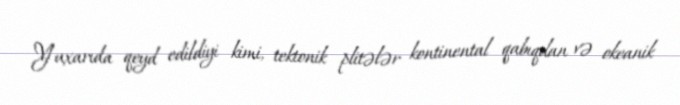
Yuxarıda qeyd edildiyi kimi, tektonik plitələr kontinental qabıqdan və okeanik